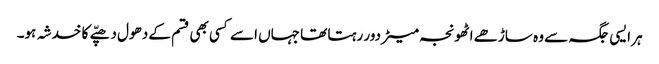
ہر ایسی جگہ سے وہ ساڑھے اٹھونجہ میٹر دور رہتا تھا جہاں اسے کسی بھی قسم کے دھول دھپّے کا خدشہ ہو۔